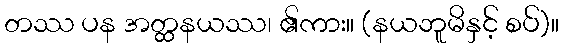
တဿ ပန အတ္ထနယဿ၊ ၏ကား။ (နယဘူမိနှင့် စပ်)။